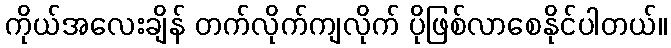
ကိုယ်အလေးချိန် တက်လိုက်ကျလိုက် ပိုဖြစ်လာစေနိုင်ပါတယ်။